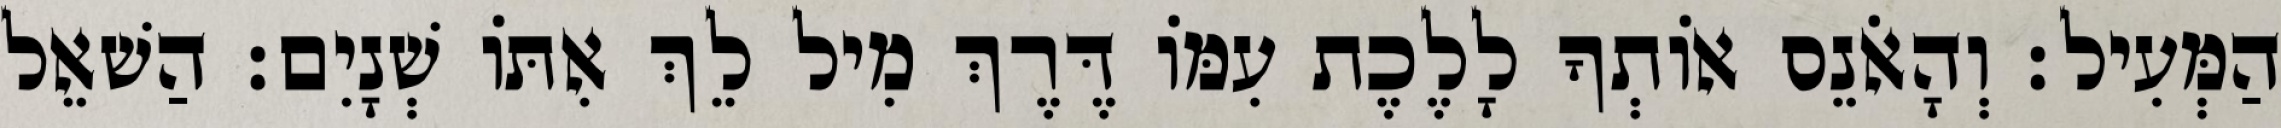
הַמְּעִיל׃ וְהָאֹנֵס אוֹתְךָ לָלֶכֶת עִמּוֹ דֶּרֶךְ מִיל לֵךְ אִתּוֹ שְׁנָיִם׃ הַשׁאֵל